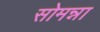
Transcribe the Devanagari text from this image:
सोमन्ना